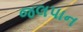
જલપાન